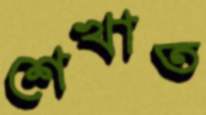
শেখাত